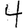
Digit: 4